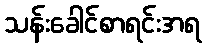
သန်းခေါင်စာရင်းအရ